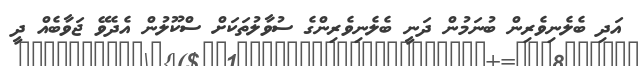
އަދި ބެލެނިވެރިން ބުނަމުން ދަނީ ބެލެނިވެރިންގެ ސުވާލުތަކަށް ސްކޫލުން އެދެވޭ ޖަވާބެއް ދީ